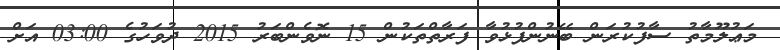
މަޢުލޫމާތު ސާފުކުރަން ބޭނުންފުޅުވާ ފަރާތްތަކުން 15 ނޮވެންބަރު 2015 ދުވަހުގެ 03:00 އަށް